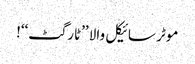
موٹر سائیکل والا ’’ٹارگٹ‘‘!